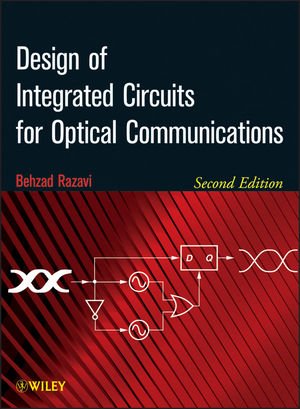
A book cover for Design of Integrated Circuits for Optical Communications; Behzad Razavi; Science & Math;